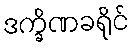
ဒက္ခိဏခရိုင်